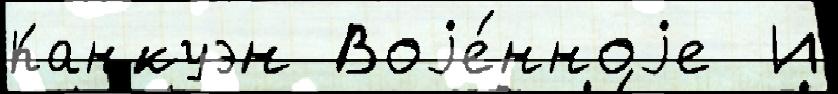
Канкуэн Воjе́нноjе  И